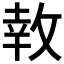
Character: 𪯎